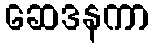
ဆေဒနကာ